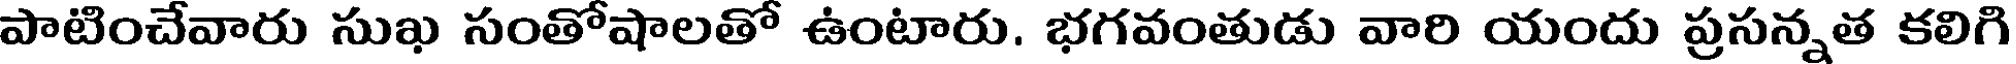
పాటించేవారు సుఖ సంతోషాలతో ఉంటారు. భగవంతుడు వారి యందు ప్రసన్నత కలిగి